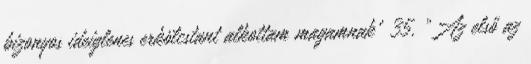
bizonyos ideiglenes erkölcstant alkottam magamnak” 35. „Az első az